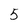
Character: 5